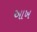
આખ